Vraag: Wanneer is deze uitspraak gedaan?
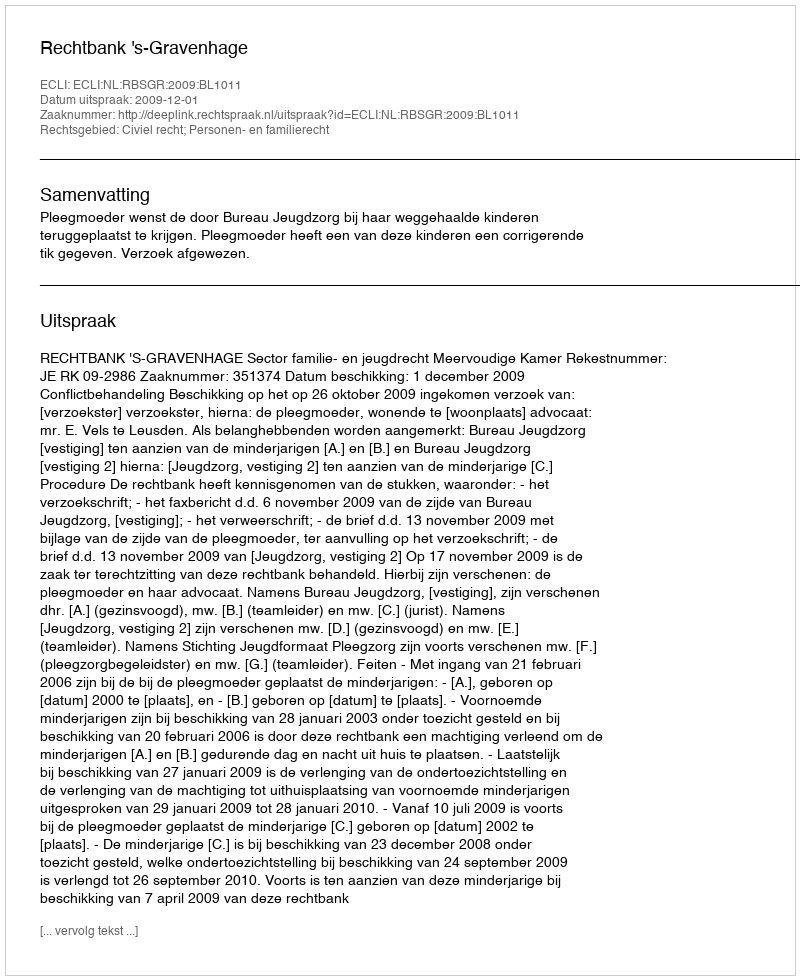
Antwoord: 2009-12-01